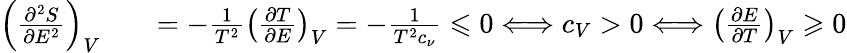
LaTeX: \begin{array}{rlr}{\left(\frac{\partial^{2}S}{\partial E^{2}}\right)_{V}}&{{}}&{=-\frac{1}{T^{2}}\left(\frac{\partial T}{\partial E}\right)_{V}=-\frac{1}{T^{2}c_{\nu}}\leqslant 0\Longleftrightarrow c_{V}>0\Longleftrightarrow\left(\frac{\partial E}{\partial T}\right)_{V}\geqslant 0}\end{array}